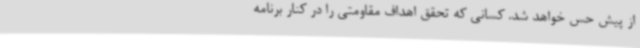
از پیش حس خواهد شد. کسانی که تحقق اهداف مقاومتی را در کنار برنامه